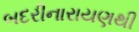
બદરીનારાયણથી